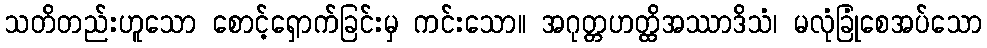
သတိတည်းဟူသော စောင့်ရှောက်ခြင်းမှ ကင်းသော။ အဂုတ္တဟတ္ထိအဿာဒိသံ၊ မလုံခြုံစေအပ်သော